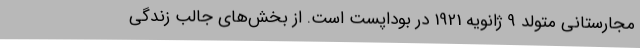
مجارستانی متولد 9 ژانویه 1921 در بوداپست است. از بخش‌های جالب زندگی